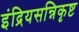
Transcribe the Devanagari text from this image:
इंद्रियसन्निकृष्ट